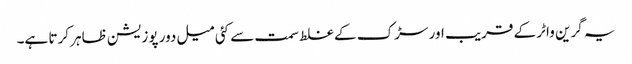
یہ گرین واٹر کے قریب اور سڑک کے غلط سمت سے کئی میل دور پوزیشن ظاہر کرتا ہے۔